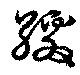
繳